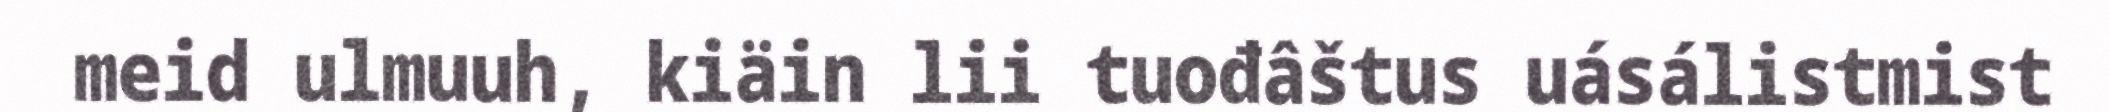
meid ulmuuh, kiäin lii tuođâštus uásálistmist